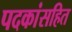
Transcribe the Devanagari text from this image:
पदकांसहित